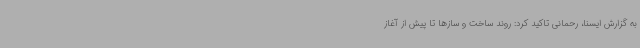
به گزارش ایسنا، رحمانی تاکید کرد: روند ساخت و سازها تا پیش از آغاز